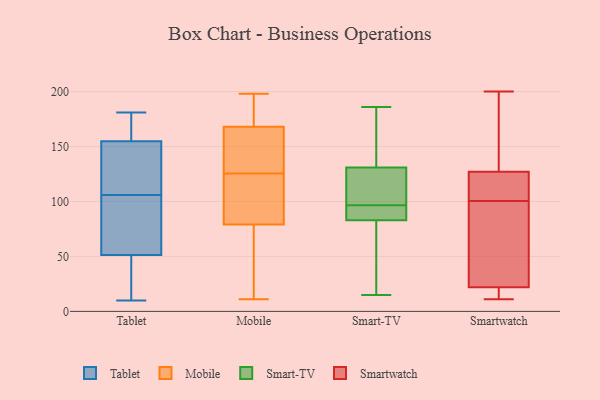
{"axis": {"x": "Page Views", "y": "Value"}, "legend": ["Mobile", "Smart-TV", "Smartwatch", "Tablet"], "data": [{"x": "", "y": 69, "type": "Tablet"}, {"x": "", "y": 110, "type": "Tablet"}, {"x": "", "y": 116, "type": "Tablet"}, {"x": "", "y": 49, "type": "Tablet"}, {"x": "", "y": 52, "type": "Tablet"}, {"x": "", "y": 11, "type": "Tablet"}, {"x": "", "y": 77, "type": "Tablet"}, {"x": "", "y": 157, "type": "Tablet"}, {"x": "", "y": 36, "type": "Tablet"}, {"x": "", "y": 61, "type": "Tablet"}, {"x": "", "y": 169, "type": "Tablet"}, {"x": "", "y": 118, "type": "Tablet"}, {"x": "", "y": 181, "type": "Tablet"}, {"x": "", "y": 106, "type": "Tablet"}, {"x": "", "y": 154, "type": "Tablet"}, {"x": "", "y": 10, "type": "Tablet"}, {"x": "", "y": 167, "type": "Tablet"}, {"x": "", "y": 195, "type": "Mobile"}, {"x": "", "y": 198, "type": "Mobile"}, {"x": "", "y": 33, "type": "Mobile"}, {"x": "", "y": 139, "type": "Mobile"}, {"x": "", "y": 147, "type": "Mobile"}, {"x": "", "y": 92, "type": "Mobile"}, {"x": "", "y": 163, "type": "Mobile"}, {"x": "", "y": 93, "type": "Mobile"}, {"x": "", "y": 66, "type": "Mobile"}, {"x": "", "y": 11, "type": "Mobile"}, {"x": "", "y": 112, "type": "Mobile"}, {"x": "", "y": 173, "type": "Mobile"}, {"x": "", "y": 121, "type": "Smart-TV"}, {"x": "", "y": 22, "type": "Smart-TV"}, {"x": "", "y": 83, "type": "Smart-TV"}, {"x": "", "y": 150, "type": "Smart-TV"}, {"x": "", "y": 15, "type": "Smart-TV"}, {"x": "", "y": 94, "type": "Smart-TV"}, {"x": "", "y": 186, "type": "Smart-TV"}, {"x": "", "y": 131, "type": "Smart-TV"}, {"x": "", "y": 147, "type": "Smart-TV"}, {"x": "", "y": 91, "type": "Smart-TV"}, {"x": "", "y": 56, "type": "Smart-TV"}, {"x": "", "y": 110, "type": "Smart-TV"}, {"x": "", "y": 99, "type": "Smart-TV"}, {"x": "", "y": 94, "type": "Smart-TV"}, {"x": "", "y": 33, "type": "Smartwatch"}, {"x": "", "y": 108, "type": "Smartwatch"}, {"x": "", "y": 173, "type": "Smartwatch"}, {"x": "", "y": 94, "type": "Smartwatch"}, {"x": "", "y": 200, "type": "Smartwatch"}, {"x": "", "y": 116, "type": "Smartwatch"}, {"x": "", "y": 19, "type": "Smartwatch"}, {"x": "", "y": 11, "type": "Smartwatch"}, {"x": "", "y": 127, "type": "Smartwatch"}, {"x": "", "y": 35, "type": "Smartwatch"}, {"x": "", "y": 22, "type": "Smartwatch"}, {"x": "", "y": 107, "type": "Smartwatch"}, {"x": "", "y": 22, "type": "Smartwatch"}, {"x": "", "y": 145, "type": "Smartwatch"}]}